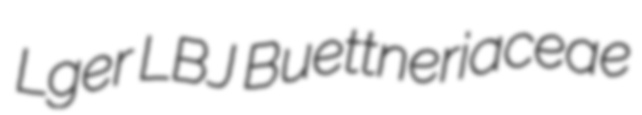
Lger LBJ Buettneriaceae